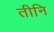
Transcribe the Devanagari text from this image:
तीनि